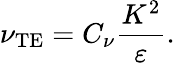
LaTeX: \nu_{\textrm{TE}}=C_{\nu}\frac{K^{2}}{\varepsilon}.